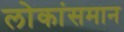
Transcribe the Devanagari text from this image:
लोकांसमान